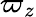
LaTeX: \varpi_{z}